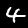
Label: 4